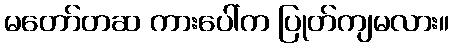
မတော်တဆ ကားပေါ်က ပြုတ်ကျမလား။